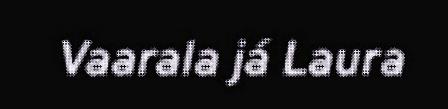
Vaarala já Laura